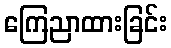
ကြေညာထားခြင်း